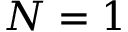
N = 1